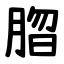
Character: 䐇